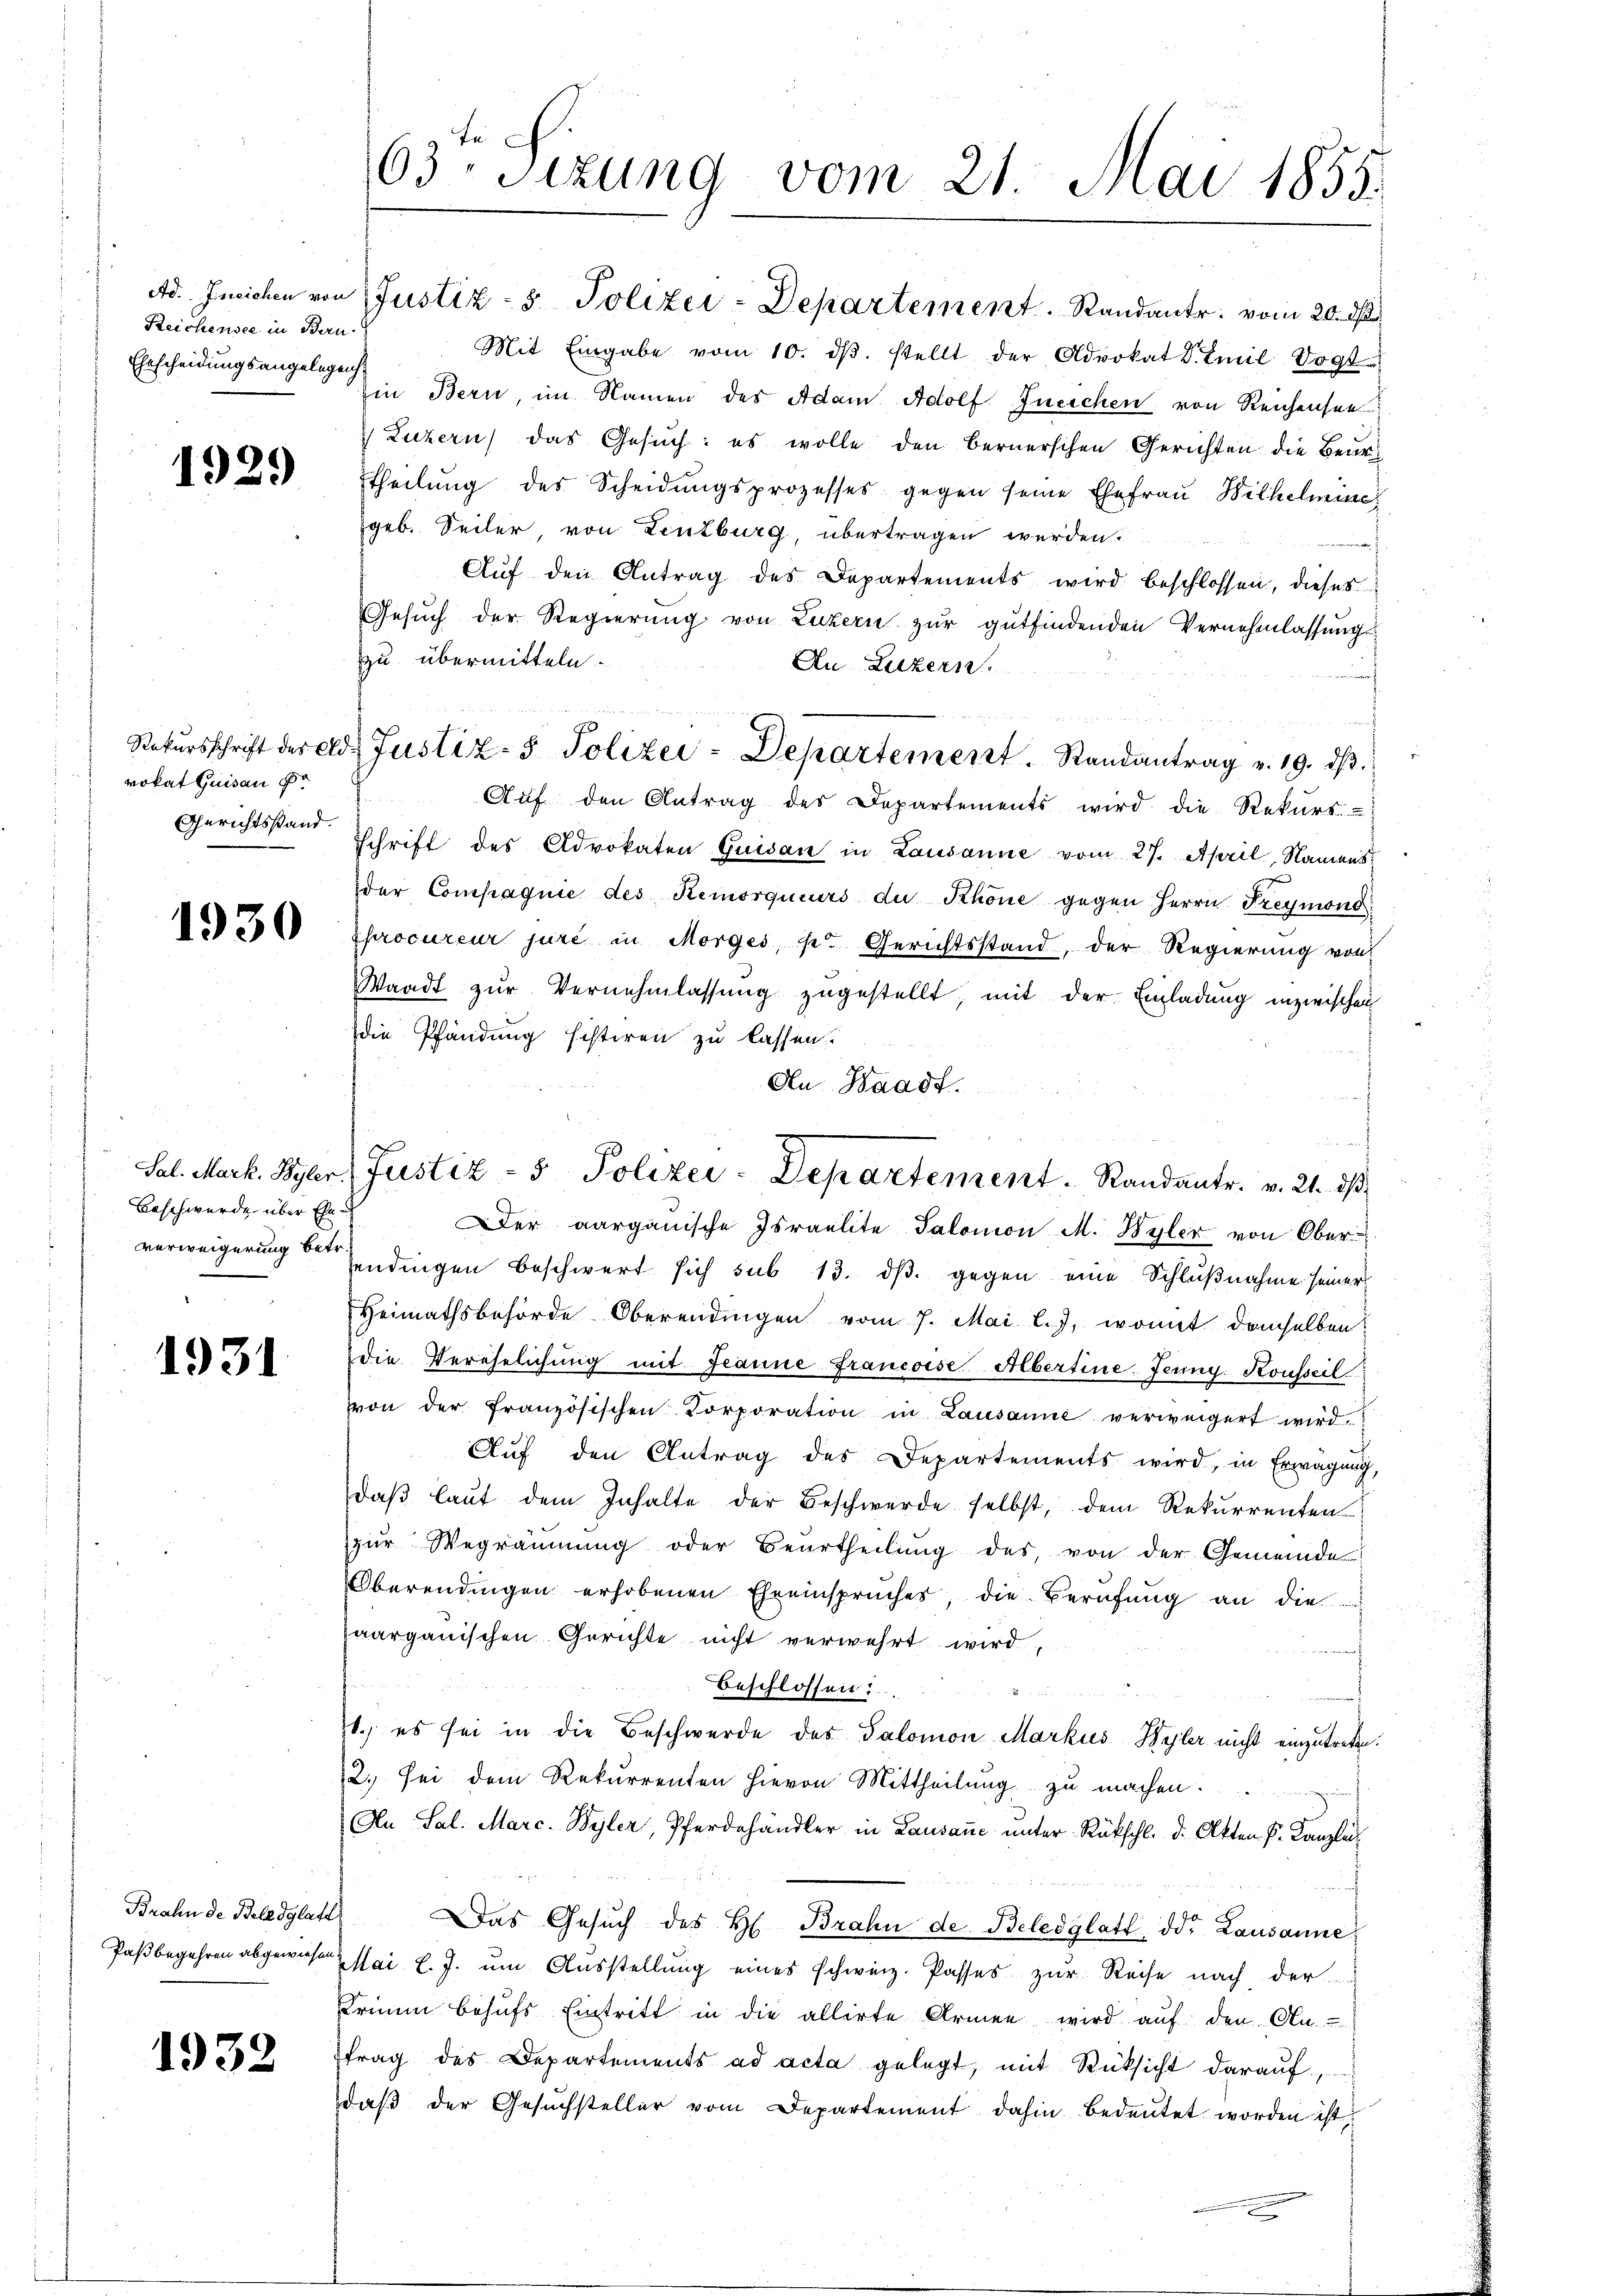
Reichensee in Bern
Ehescheidungsangelegenh

1929

vokat Quisau pr
Gerichtsstand.

1930

Beschwerde über Ehe¬

1931

Brahn de Beledglat

1938

Ad. Ineichen von Justiz- & Polizei-Departement. Standantr. vom 20. d.
Mit Eingabe vom 10. dβ. stellt der Advokat Dr. Emil Vogt
Ein Bern, im Namen des Adam. Adolf Ineichen von Reichensee
) Luzern) das Gesuch: es wolle den Bernerschen Gerichten die Beurtheilung des Scheidungsprozesses gegen seine Ehefrau Wilhelmine
geb. Seiler von Lenzburg, übertragen werden.
Aŭf den Antrag des Departements wird beschlossen, dieses
Gesuch der Regierung von Luzern zur gutfindenden Vernehmlassung
zu übermitteln.
An Luzern.
Aŭf den Antrag des Departements wird die Rekurs.
Schrift des Advokaten Quisan in Lausanne vom 27. April, Namens
der Compagnie des Remorqueurs du Khöne gegen Herrn Freymond
sprocureur jure in Morges, se Gerichtsstand, der Regierung von
Waadt zur Vernehmlassung zugestellt, mit der Einladung inzwischen
die Pfändung sistiren zu lassen.
An Waadt.

Der aargauische Israelite Salomon M. Byler von Ober
verweigerung bedingen beschwert sich sub 13. dβ gegen eine Schlußnahme seiner
Heimathsbehörde Oberendingen vom 7. Mai l.J. womit demselben
die Verehelichŭng mit Jeanne Francoise Albertine. Jeung. Konseil.
von der Französischen Corporation in Lausanne verweigert wird.
Aŭf den Antrag des Departements wird, in Erwägŭng,
daβ laŭt dem Inhalte der Beschwerde selbst, dem Rekurrenten
zur Wegräumung oder Beurtheilung des von der Gemeinde
Oberendingen erhobenen Eheeinspruches, die Berufung an die
haargauischen Gerichte nicht verwehrt wird,
Beschlossen.
11.) es sei in die Beschwerde des Salomon Markus Hyler nicht einzutreten.
2., sei dem Rekurrenten hievon Mittheilung zu machen.
An Sal. Marc. Byler, Pferdehändler in Lausane ŭnter Rückschl. d. Atten P. Kanzlei
:
Das Gesŭch des H. Brahn de Beledglatt, od. Lausanne
Paßbegehren abgewiß ai l. J. ŭm Aŭsstellŭng eines schweiz. Passes zŭr Reise nach der
Krimin behŭfs Eintritt in die allirte Armen wird aŭf den An-
trag des Departements ad acta gelegt, mit Rücksicht darauf,
daβ der Gesŭchsteller vom Departement dahin bedeŭtet worden ist,

63: Sizung vom 21. Mai 1855.

Rekŭrsschrift der Ad. Justiz- & Polizei-Departement. Randantrag v. 19. dβ.

Sal. Mark. Byler Justiz- & Polizei-Departement Randantr. v. 21. dβ

e